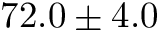
7 2 . 0 \pm 4 . 0